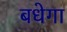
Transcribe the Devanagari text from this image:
बधेगा